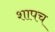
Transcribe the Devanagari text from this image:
शापच